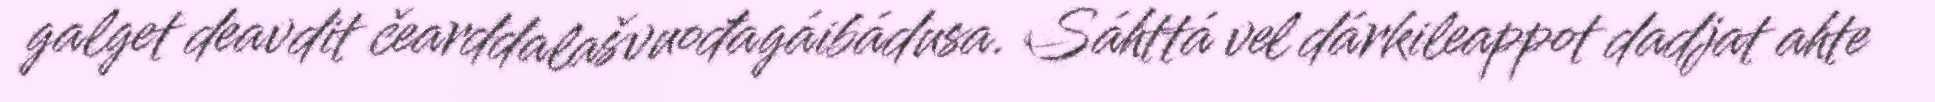
galget deavdit čearddalašvuođagáibádusa. Sáhttá vel dárkileappot dadjat ahte